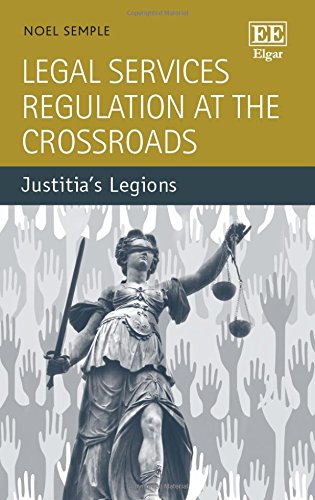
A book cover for Legal Services Regulation at the Crossroads: Justitia's Legions; Noel Semple; Law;